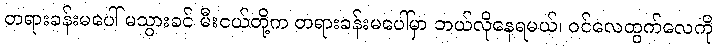
တရားခန်းမပေါ် မသွားခင် မီးငယ်တို့က တရားခန်းမပေါ်မှာ ဘယ်လိုနေရမယ်၊ ဝင်လေထွက်လေကို